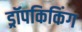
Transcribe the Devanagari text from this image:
ड्रॉपकिकिंग